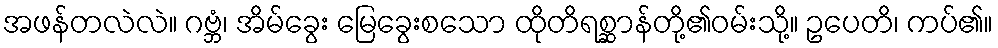
အဖန်တလဲလဲ။ ဂဗ္ဘံ၊ အိမ်ခွေး မြေခွေးစသော ထိုတိရစ္ဆာန်တို့၏ဝမ်းသို့။ ဥပေတိ၊ ကပ်၏။